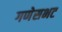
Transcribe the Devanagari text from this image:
गणेसभट